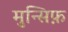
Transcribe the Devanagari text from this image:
मुन्सिफ़